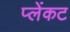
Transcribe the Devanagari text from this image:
प्लेंकट